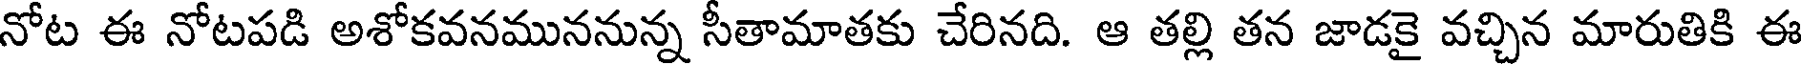
నోట ఈ నోటపడి అశోకవనముననున్న సీతామాతకు చేరినది. ఆ తల్లి తన జాడకై వచ్చిన మారుతికి ఈ